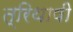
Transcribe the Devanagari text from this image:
त्रिथाषी